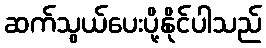
ဆက်သွယ်ပေးပို့နိုင်ပါသည်